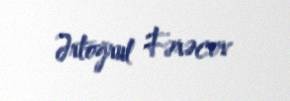
Ərtoğrul Fərəcov